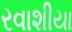
રવાશીયા